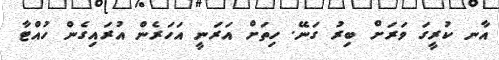
އާނ ކުރީގަ ވަރަށް ބިރު ގަނޭ. ހިތަށް އަރަނީ އަހަރެން އުރައިގެން ހުއްޓާ